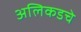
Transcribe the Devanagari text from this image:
अलिकडचे